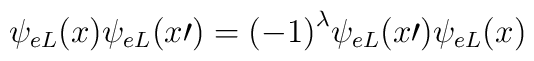
\psi_{e L}(x)\psi_{e L}({x\prime})={(-1)}^{\lambda}\psi_{eL}({x\prime})\psi_{e L}(x)